Report of the Municipal Commissioner on the plague in Bombay for the year ending 31st May... - Volume 2
Disease focus: Plague
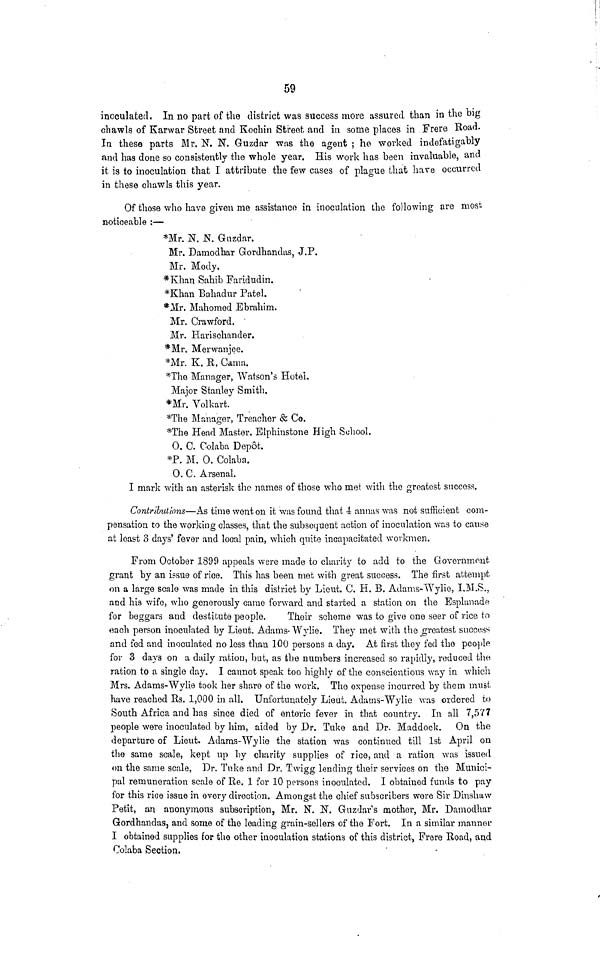
59
inoculated. In no part of the district was success more assured than in the big
chawls of Karwar Street and Kochin Street and in some places in Frere Road.
In these parts Mr. N. N. Guzdar was the agent ; he worked indefatigably
and has done so consistently the whole year. His work has been invaluable, and
it is to inoculation that I attribute the few cases of plague that have occurred
in these chawls this year.
Of those who have given me assistance in inoculation the following are most
noticeable :—
*Mr. N. .N. Guzdar.
Mr. Damodhar Gordhandas, J.P.
Mr. Mody.
*Khan Sahib Faridudin.
*Khan Bahadur Patel.
*AIr. Mahomed Ebrahim.
Mr. Crawford.
Mr. Harischander.
*Mr. Merwanjee.
*Mr. K. B. Cama.
*The Manager, Watson's Hotel.
Major Stanley Smith.
*Mr. Volkart.
*The Manager, Treacher & Co.
*The Head Master, Elphinstone High School.
O. C. Colaba Depot.
*P. M. O. Colaba.
O. C. Arsenal.
I mark with an asterisk the names of those who met with the greatest success.
Contributions—As time went on it was found that 4 annas was not sufficient com-
pensation to the working classes, that the subsequent action of inoculation was to cause
at least 3 days' fever and local pain, which quite incapacitated workmen.
From October 1899 appeals were made to charity to add to the Government
grant by an issue of rice. This has been met with great success. The first attempt
on a large scale was made in this district by Lieut. C. H. B. Adams-Wylie, I.M.S.,
and his wife, who generously came forward and started a station on the Esplanade
for beggars and destitute people.
Their scheme was to give one seer of rice to
each person inoculated by Lieut. Adams-Wylie. They met with the greatest success
and fed and inoculated no less than 100 persons a day. At first they fed the people
for 3 days on a daily ration, but, as the numbers increased so rapidly, reduced the
ration to a single day. I cannot speak too highly of the conscientious way in which
Mrs. Adams-Wylie took her share of the work. The expense incurred by them musí,
have reached Rs. 1,000 in all. Unfortunately Lieut. Adams-Wylie was ordered to
South Africa and has since died of enteric fever in that country. In all 7,577
people were inoculated by him, aided by Dr. Tuke and Dr. Haddock. On the
departure of Lieut. Adams-Wylie the station was continued till 1st April on
the same scale, kept up by charity supplies of rice, and a ration was issued
on the same scale, Dr. Tuke and Dr. Twigg lending their services on the Munici-
pal remuneration scale of Re. 1 for 10 persons inoculated. I obtained funds to pay
for this rice issue in every direction. Amongst the chief subscribers were Sir Dinshaw
Petit, an anonymous subscription, Mr. N. N. Guzdar's mother, Mr. Damodhar
Gordhandas, and some of the leading grain-sellers of the Fort. In a similar manner.
I obtained supplies for the other inoculation stations of this district, Frere Boad, and
Colaba Section.